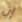
إن